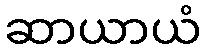
ဆာယာယံ